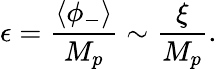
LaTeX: \epsilon=\frac{\left<\phi_{-}\right>}{M_{p}}\sim\frac{\xi}{M_{p}}.